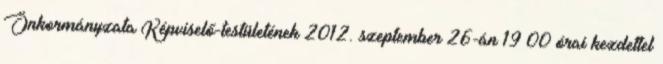
Önkormányzata Képviselő-testületének 2012. szeptember 26-án 19 00 órai kezdettel